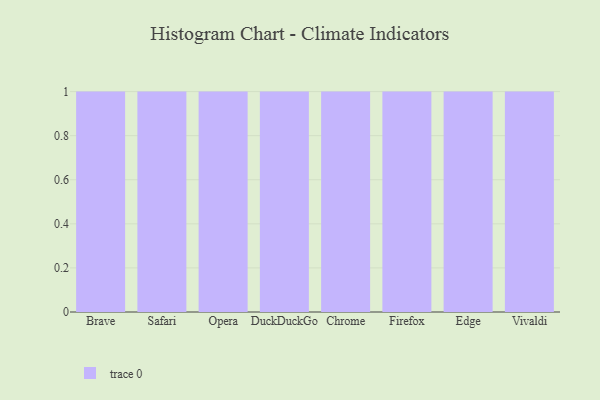
{"axis": {"x": "Browser", "y": "Active Users"}, "legend": [""], "data": [{"x": "Brave", "y": 71, "type": ""}, {"x": "Safari", "y": 19, "type": ""}, {"x": "Opera", "y": 42, "type": ""}, {"x": "DuckDuckGo", "y": 4, "type": ""}, {"x": "Chrome", "y": 96, "type": ""}, {"x": "Firefox", "y": 81, "type": ""}, {"x": "Edge", "y": 26, "type": ""}, {"x": "Vivaldi", "y": 74, "type": ""}]}